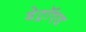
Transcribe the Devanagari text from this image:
डेट्रॉएड